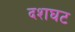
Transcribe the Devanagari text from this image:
दशघट